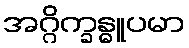
အဂ္ဂိက္ခန္ဓူပမာ